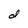
Character: d